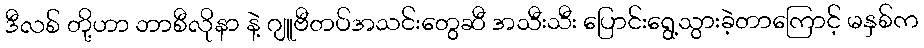
ဒီလစ် တို့ဟာ ဘာစီလိုနာ နဲ့ ဂျူဗီတပ်အသင်းတွေဆီ အသီးသီး ပြောင်းရွေ့သွားခဲ့တာကြောင့် မနှစ်က